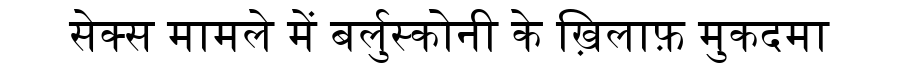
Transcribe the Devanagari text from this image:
सेक्स मामले में बर्लुस्कोनी के ख़िलाफ़ मुकदमा